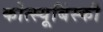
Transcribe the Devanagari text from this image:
कोत्स्यूबिंस्की